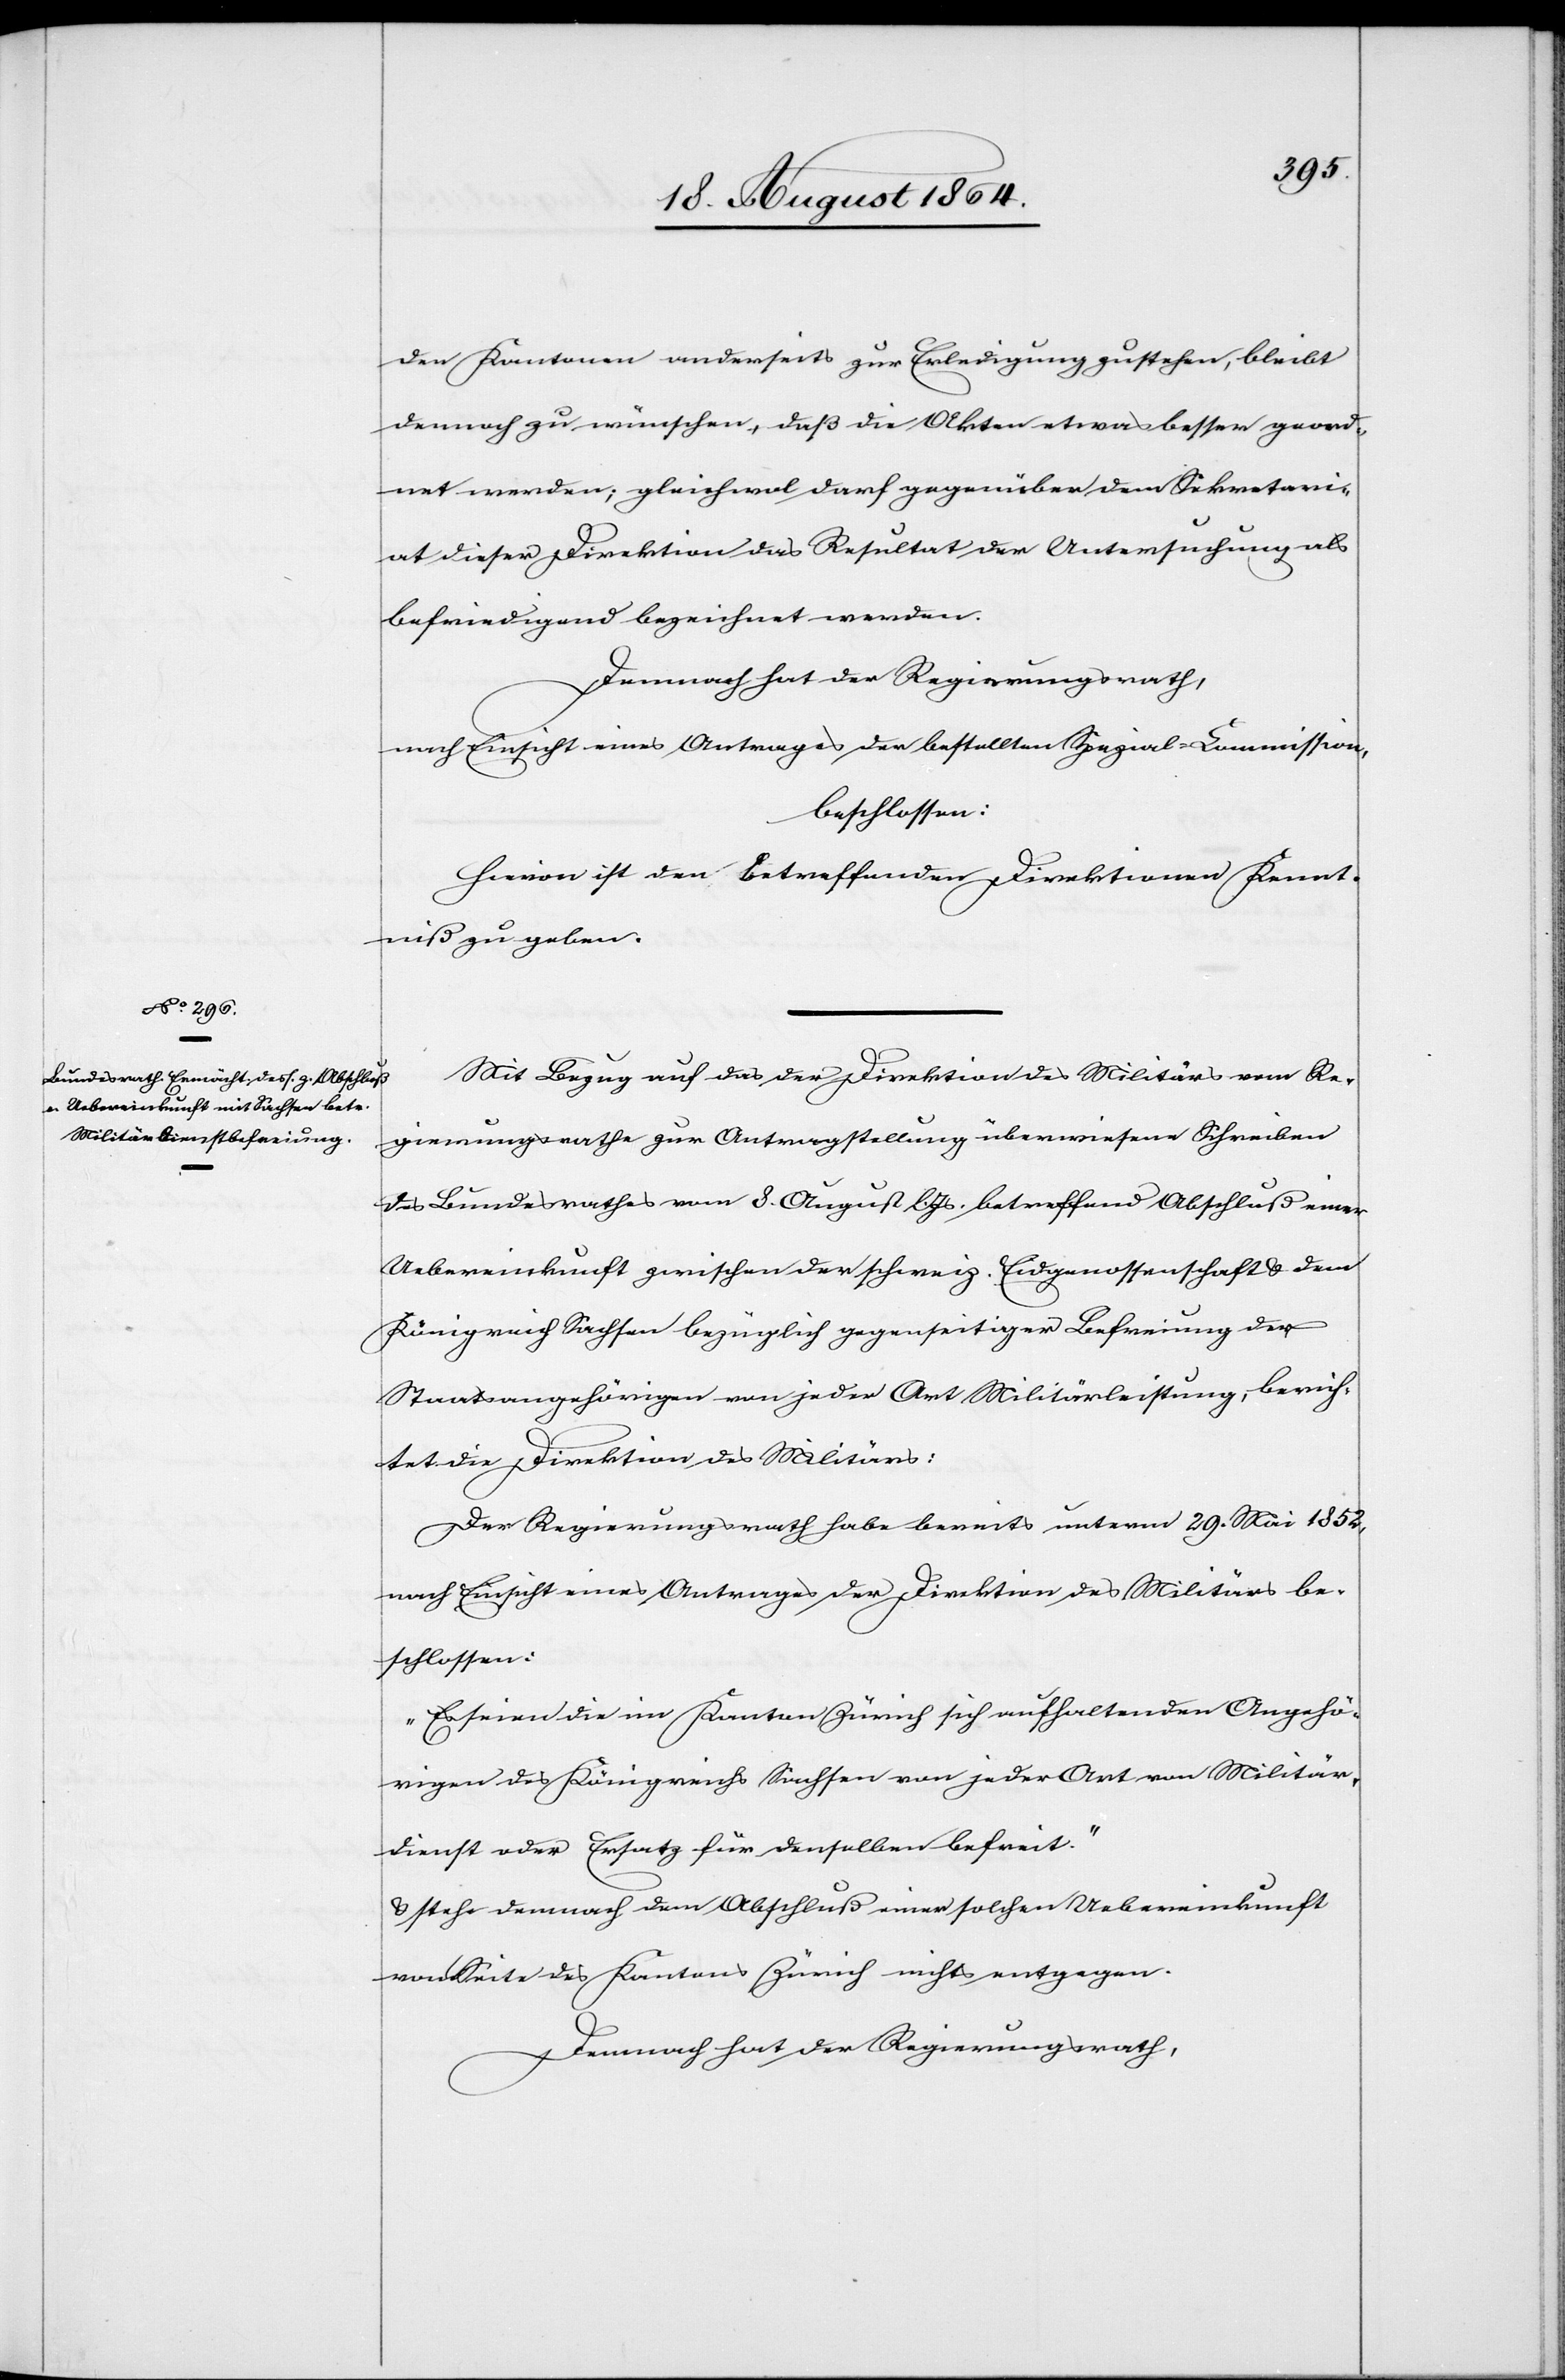
den Kantonen anderseits zur Erledigung zustehen, bleibt
dennoch zu wünschen, daß die Akten etwas besser geord¬
net werden; gleichwol darf gegenüber dem Sekretari¬
at dieser Direktion das Resultat der Untersuchung als
befriedigend bezeichnet werden.
Demnach hat der Regierungsrath,
nach Einsicht eines Antrages der bestellten Spezial-Commission,
beschlossen:
Hievon ist den betreffenden Direktionen Kennt¬
niß zu geben.
Mit Bezug auf das der Direktion des Militärs vom Re¬
gierungsrathe zur Antragstellung überwiesene Schreiben
des Bundesrathes vom 8. August l. Js. betreffend Abschluß einer
Uebereinkunft zwischen der schweiz. Eidgenossenschaft & dem
Königreich Sachsen bezüglich gegenseitiger Befreiung der
Staatsangehörigen von jeder Art Militärleistung, berich¬
tet die Direktion des Militärs:
Der Regierungsrath habe bereits unterm 29. Mai 1852
nach Einsicht eines Antrages der Direktion des Militärs be¬
schlossen:
„Es seien die im Kanton Zürich sich aufhaltenden Angehö¬
rigen des Königreichs Sachsen von jeder Art von Militär¬
dienst oder Ersatz für denselben befreit.“
& stehe demnach dem Abschluß einer solchen Uebereinkunft
von Seite des Kantons Zürich nichts entgegen.
Demnach hat der Regierungsrath,